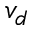
v _ { d }